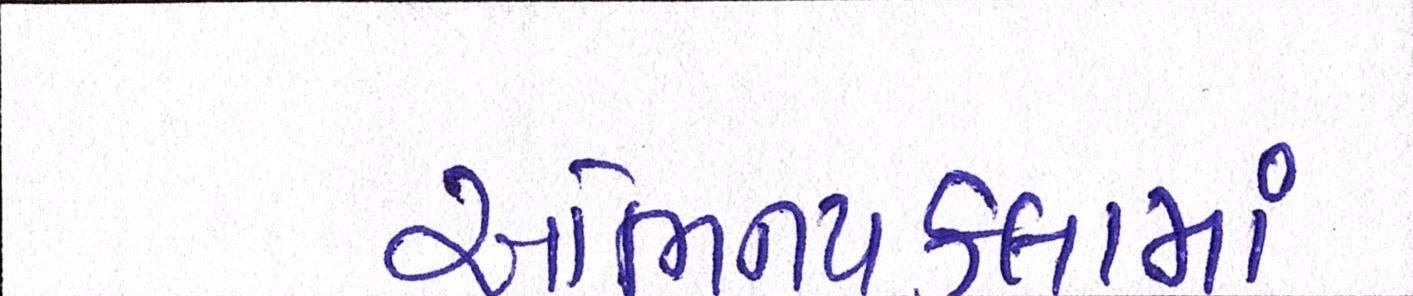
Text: અભિનયકલામાં